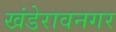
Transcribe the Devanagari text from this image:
खंडेरावनगर